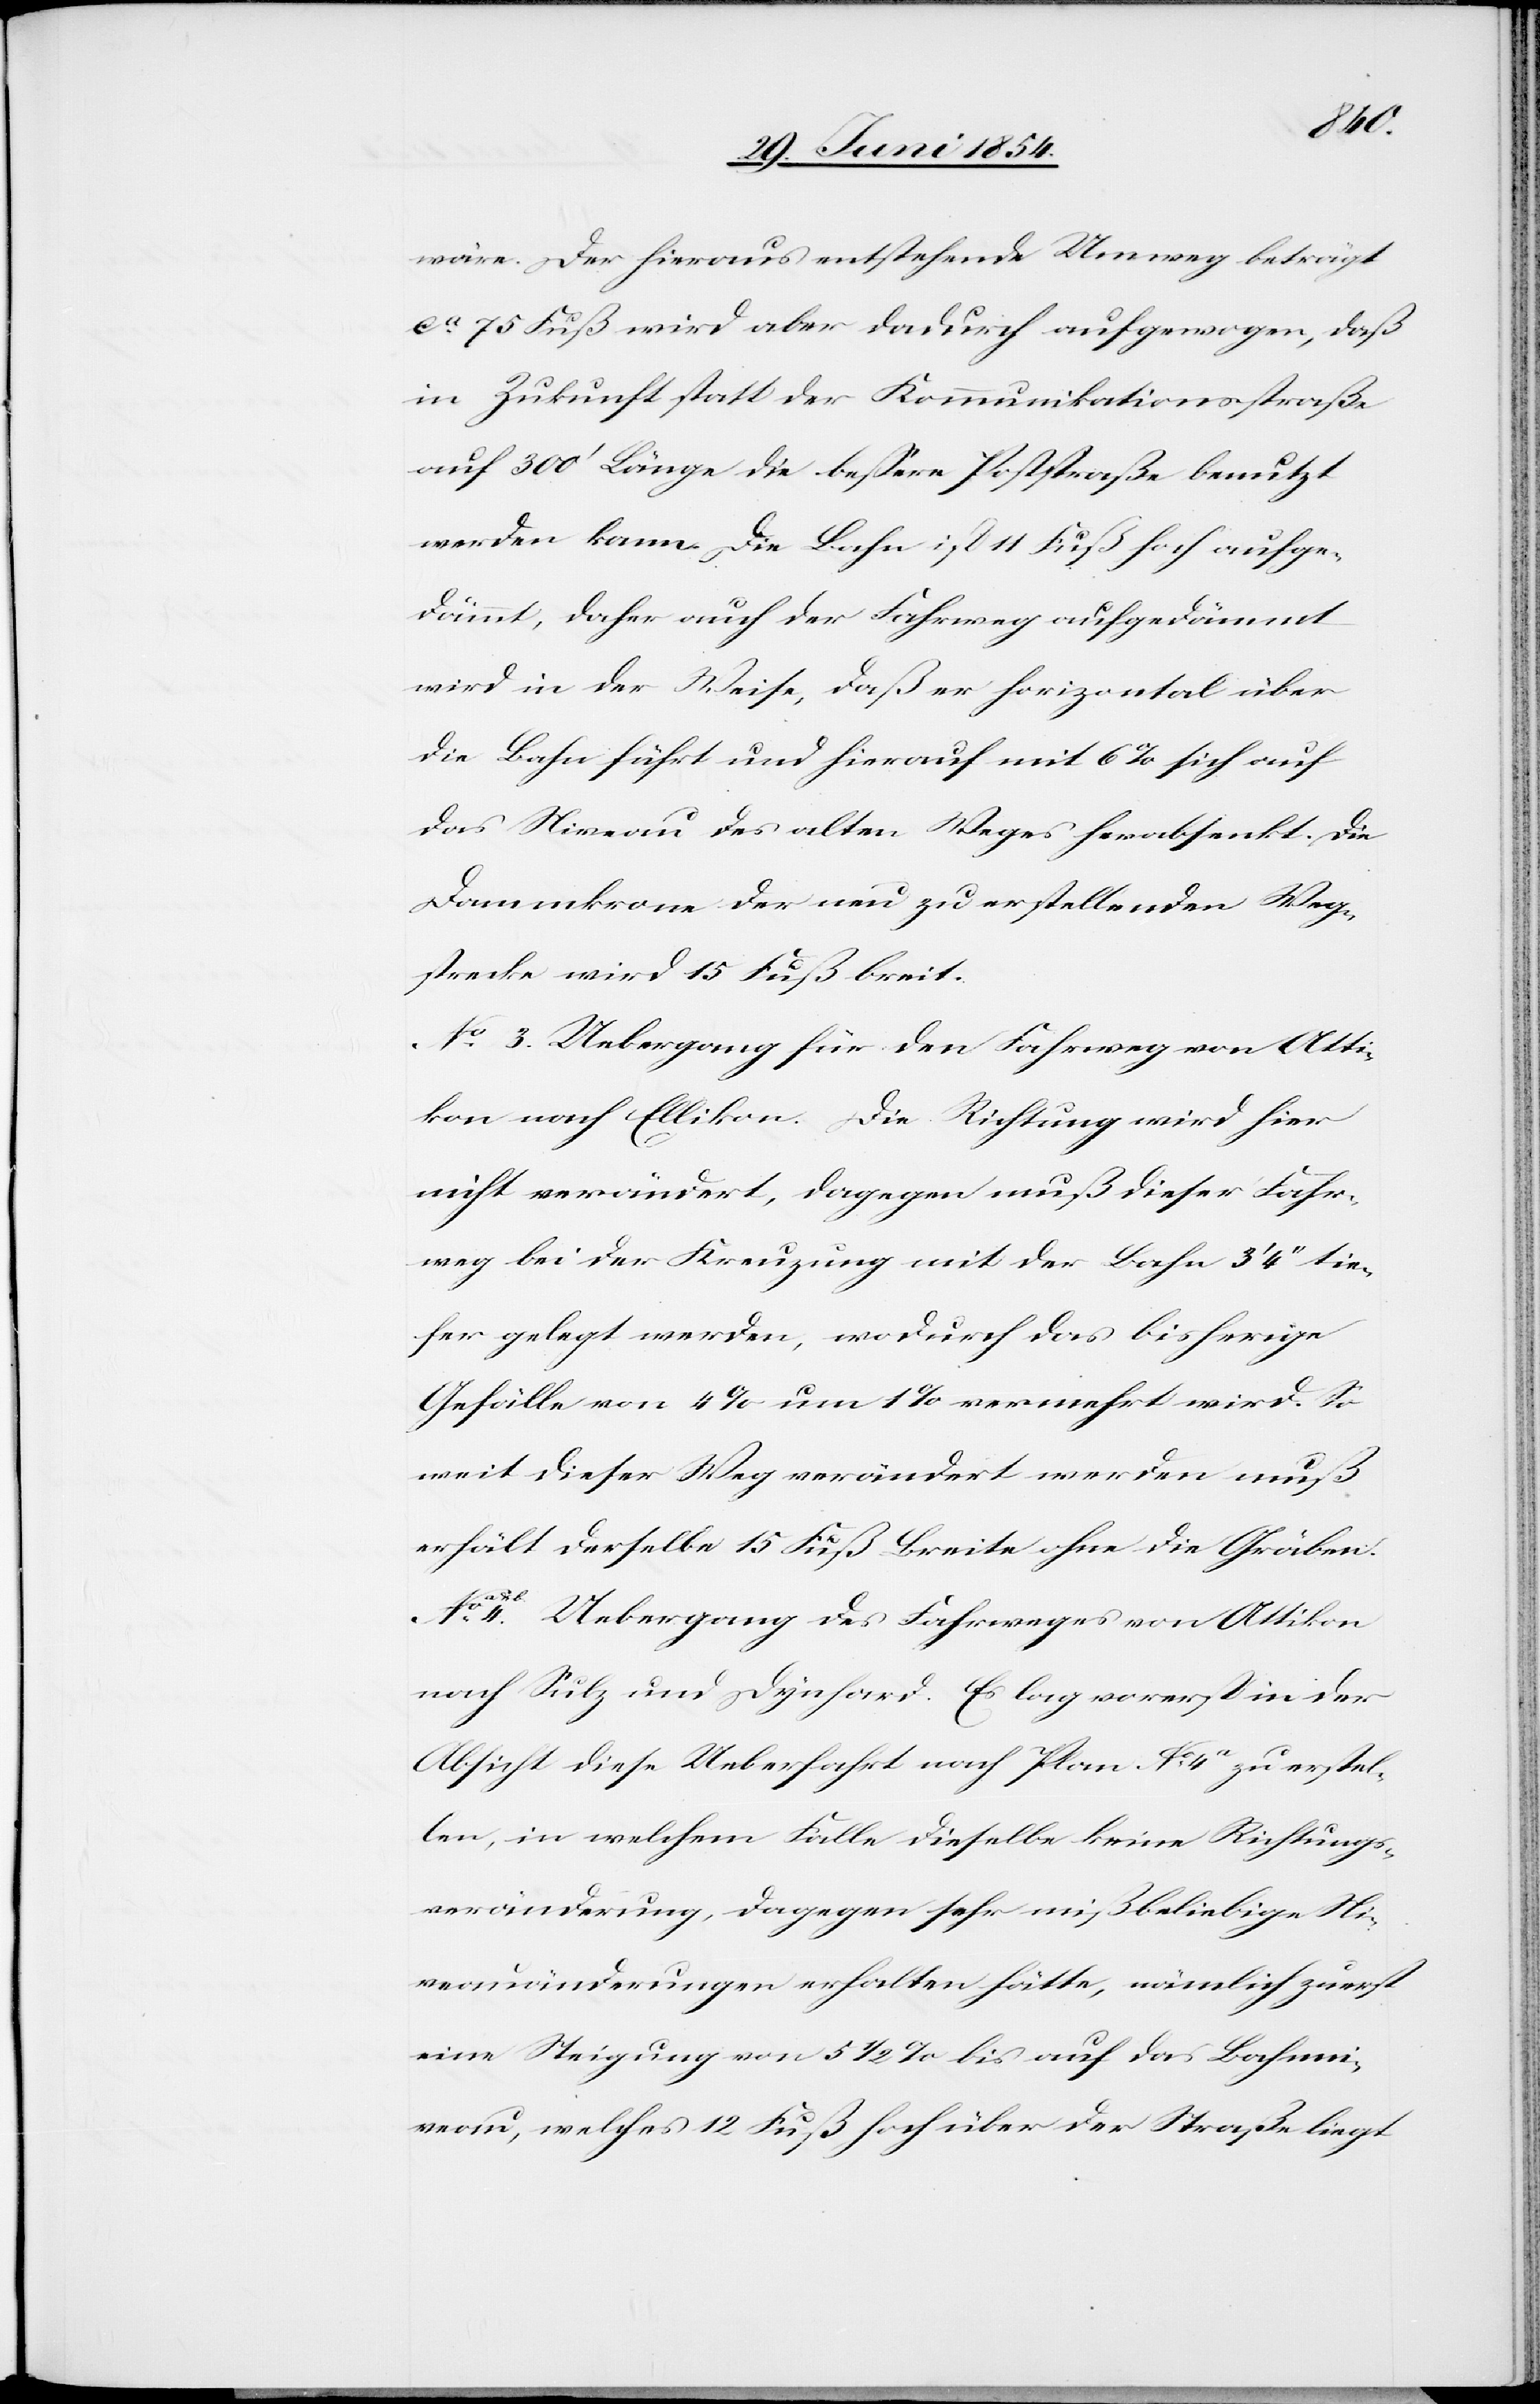
wäre. Der hieraus entstehende Umweg beträft
ca 75 Fuß wird aber dadurch aufgewogen, daß
in Zukunft statt der Kommunikationsstraße
auf 300‘ Länge die beßere Poststraße benutzt
werden kann. Die Bahn ist 11 Fuß hoch aufge¬
dämmt, daher auch der Fahrweg aufgedämmt
wird in der Weise, daß er horizontal über
die Bahn führt und hierauf mit 6 % sich auf
das Niveau des alten Weges herabsenkt. Die
Dammkrone der neu zu erstellenden Weg¬
strecke wird 15 Fuß breit.
No 3. Uebergang für den Fahrweg von Atti¬
kon nach Ellikon. Die Richtung wird hier
nicht verändert, dagegen muß dieser Fahr¬
weg bei der Kreuzung mit der Bahn 3‘ 4‘‘ tie¬
fer gelegt werden, wodurch das bisherige
Gefälle von 4 % um 1 % vermehrt wird. So
weit dieser Weg verändert werden muß
erhält derselbe 15 Fuß Breite ohne die Gräben.
No 4. Uebergang des Fahrweges von Attikon
nach Sulz und Dynhard. Es lag vorerst in der
Absicht diese Ueberfahrt nach Plan No 4a&b. zu erstel¬
len, in welchem Falle dieselbe keine Richtungs¬
veränderung, dagegen sehr mißbeliebige Ni¬
veauänderungen erhalten hätte, nämlich zuerst
eine Steigung von 5 1/2 % bis auf das Bahnni¬
veau, welches 12 Fuß hoch über der Straße liegt